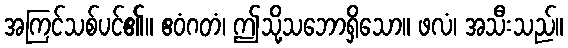
အကြင်သစ်ပင်၏။ ဧဝံဂတံ၊ ဤသို့သဘောရှိသော။ ဖလံ၊ အသီးသည်။